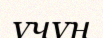
үчүн